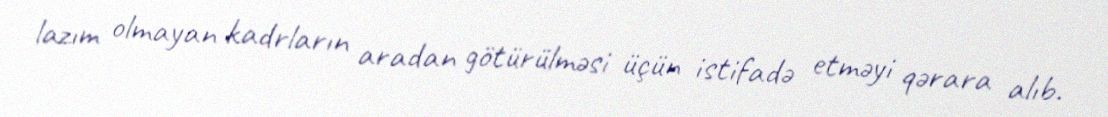
lazım olmayan kadrların aradan götürülməsi üçün istifadə etməyi qərara alıb.